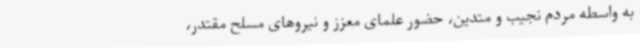
به واسطه مردم نجیب و متدین، حضور علمای معزز و نیروهای مسلح مقتدر،